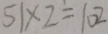
5 1 \times 2 = 1 0 2